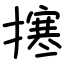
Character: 㩃